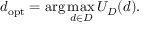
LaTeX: d _ { \mathrm { o p t } } = \arg \operatorname* { m a x } _ { d \in D } U _ { D } ( d ) .